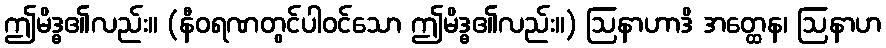
ဤမိဒ္ဓ၏လည်း။ (နီဝရဏတွင်ပါဝင်သော ဤမိဒ္ဓ၏လည်း။) ဩနာဟာဒိ အတ္ထေန၊ ဩနာဟ